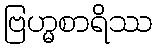
ဗြဟ္မစာရိဿ